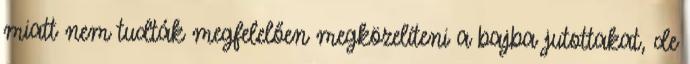
miatt nem tudták megfelelően megközelíteni a bajba jutottakat, de